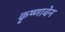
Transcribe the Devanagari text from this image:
कृष्णाबेन